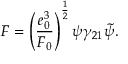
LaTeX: F = \left( \frac { e _ { 0 } ^ { 3 } } { F _ { 0 } } \right) ^ { \frac { 1 } { 2 } } \psi \gamma _ { 2 1 } \tilde { \psi } .